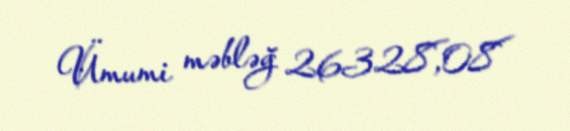
Ümumi məbləğ 26328,08